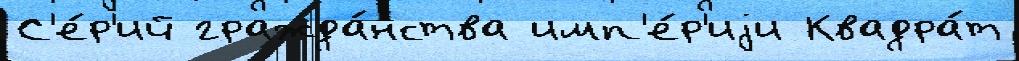
С'е́р'ий гражда́нства имп'е́р'иjи Квадра́т